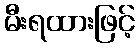
မီးရထားဖြင့်